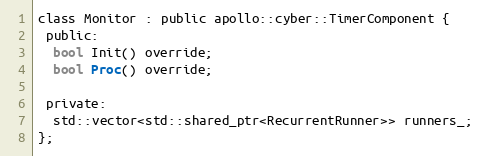
Language: C
class Monitor : public apollo::cyber::TimerComponent {
 public:
  bool Init() override;
  bool Proc() override;

 private:
  std::vector<std::shared_ptr<RecurrentRunner>> runners_;
};